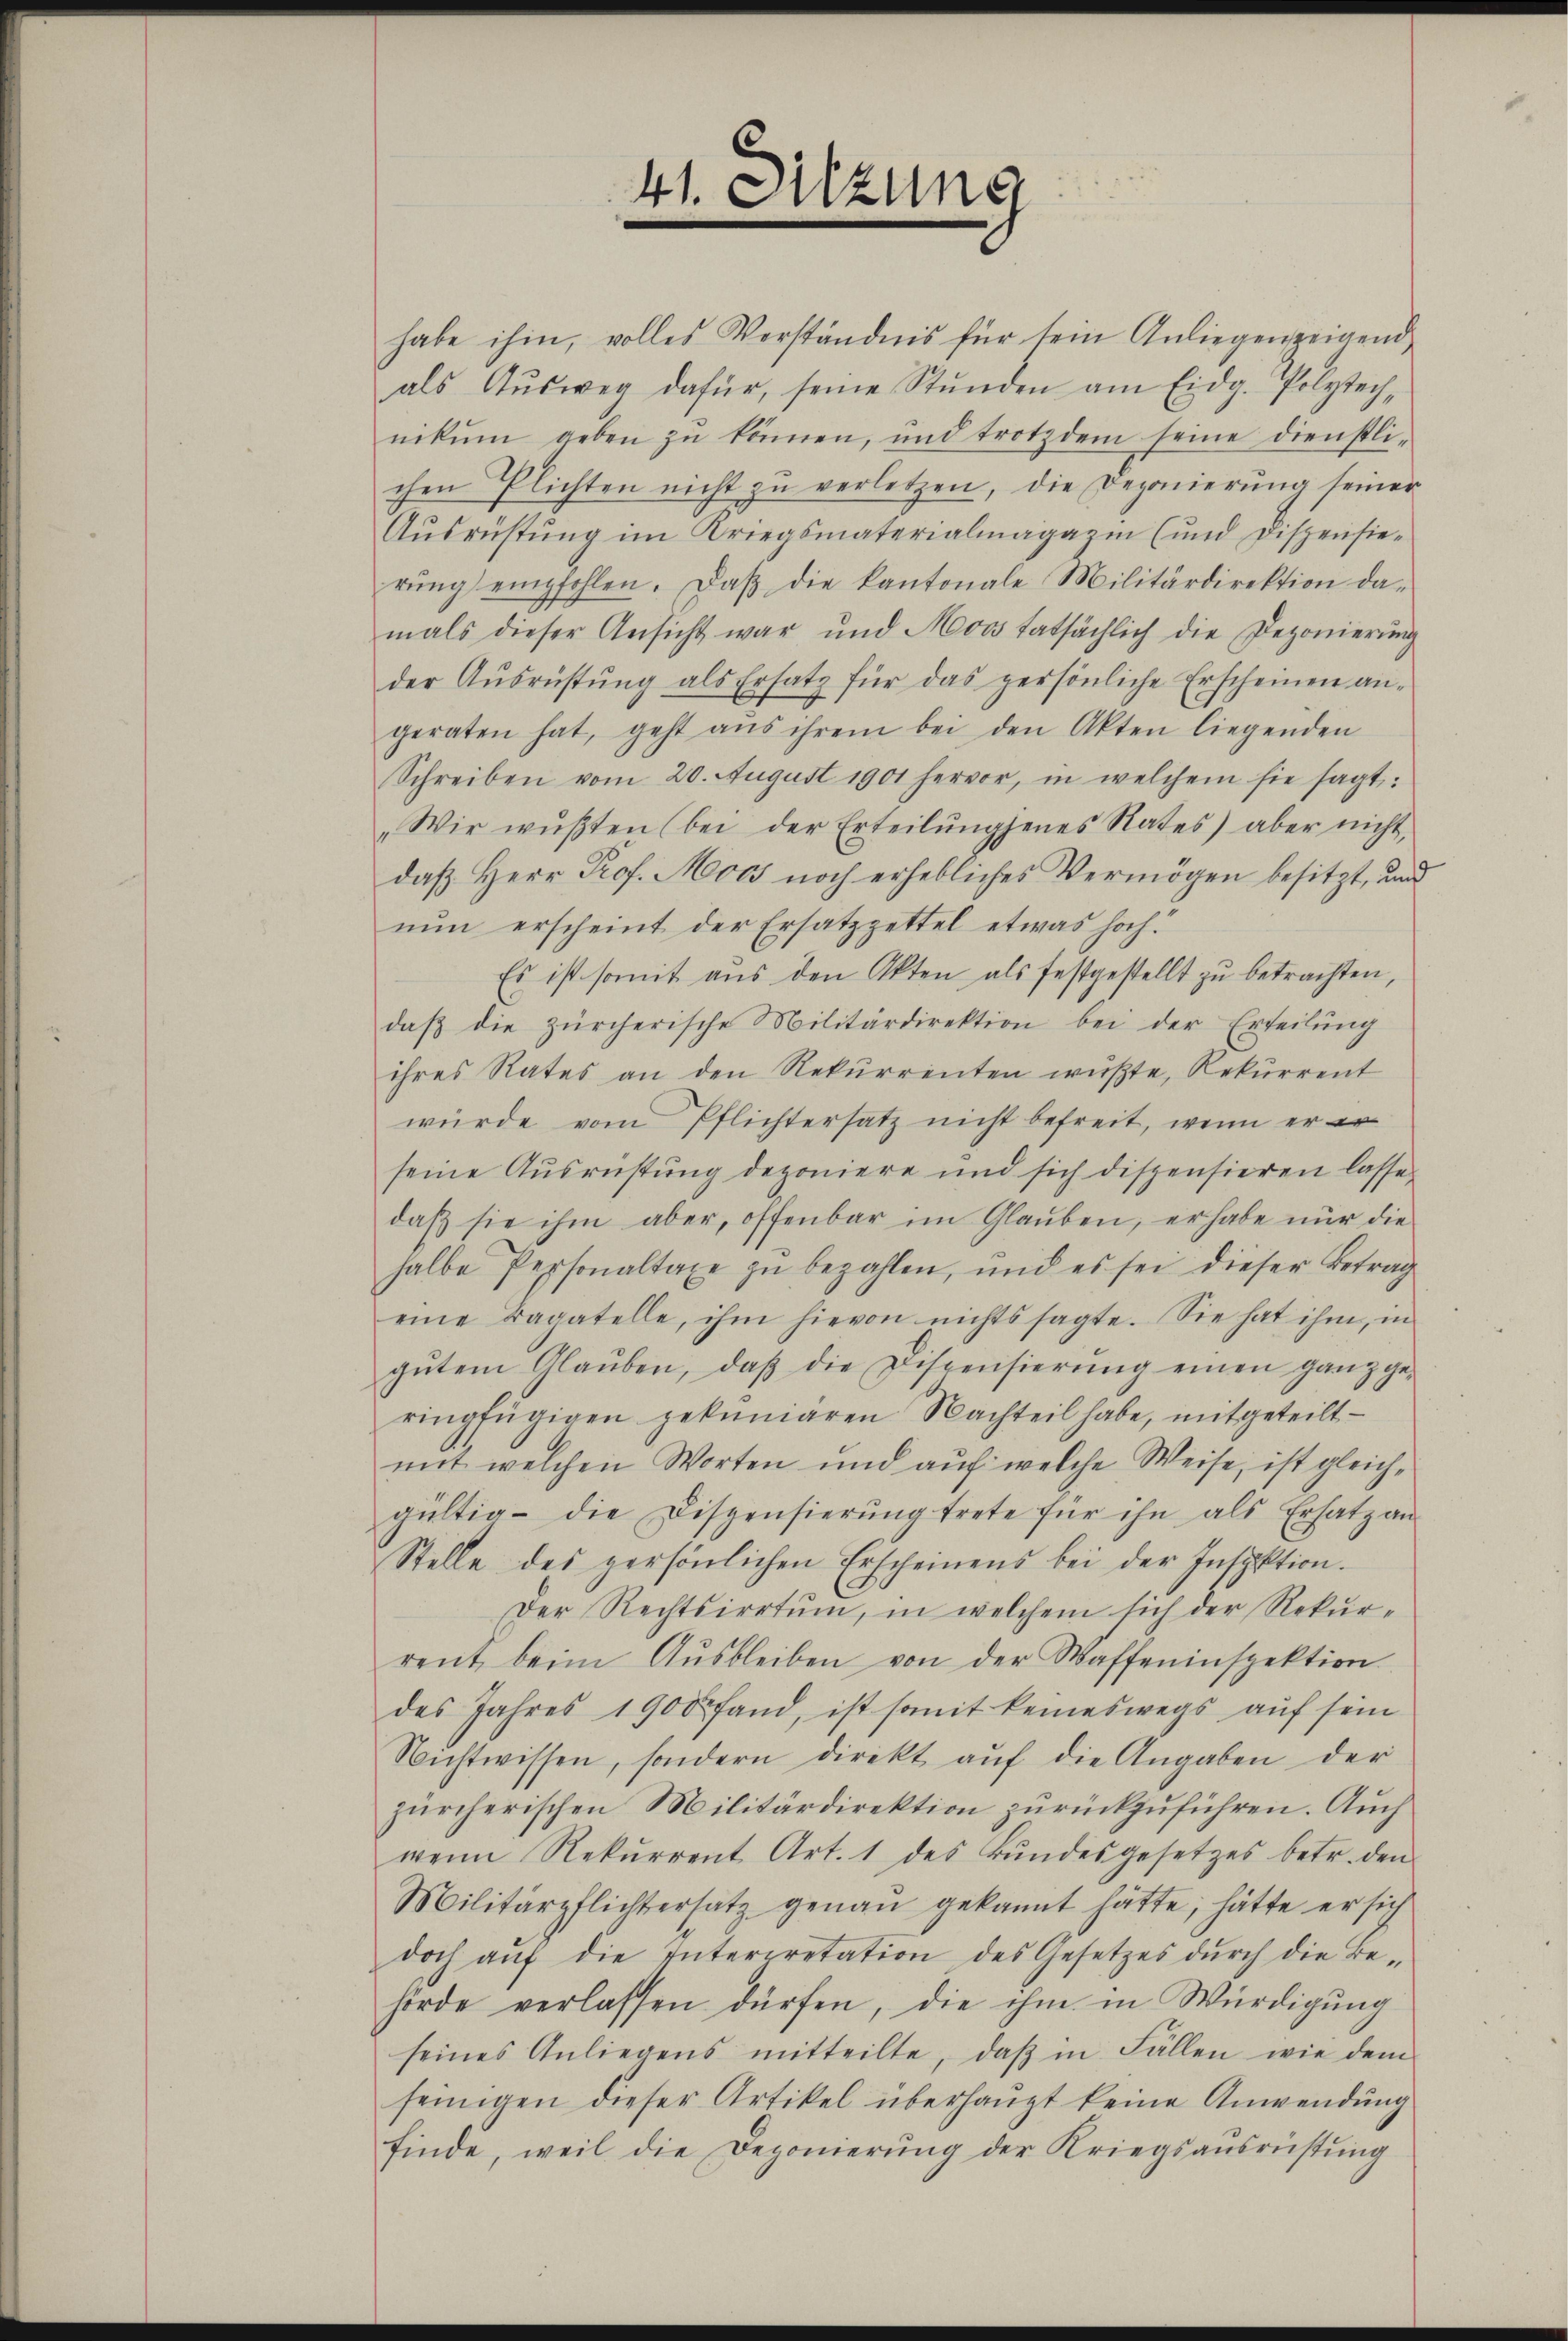
41. Sitzung

habe ihm, volles Verständnis für sein Anliegenzeigend
als Aŭsweg dafür, seine Stŭnden am Eidg. Polytech-
nikŭm geben zŭ können, und trotzdem seine dienstli-
chen Plichten nicht zŭ verletzen, die Deponierŭng seiner
Aŭsrüstung im Kriegsmaterialmagazin (und Dispensie-
rŭng empfohlen. Daβ die kantonale Militärdirektion da-
mals dieser Ansicht war und Moos tatsächlich die Deponierŭng
der Aŭsrüstŭng als Ersatz für das persönliche Erscheinen an-
geraten hat, geht aus ihrem bei den Akten liegenden
Schreiben vom 20. August 1901 hervor, in welchem sie sagt:
„Wir wüßten (bei der Erteilŭngenes Rates) aber nicht,
daß Herr Prof. Moos noch erhebliches Vermögen besitzt, und
nun erscheint der Ersatzzettel etwas hoch¬
Es ist somit aus den Akten als festgestellt zu betrachten,
daβ die zürcherische Militärdirektion bei der Erteilŭng
ihres Rates an den Rekurrenten wüßte, Rekurrent
würde vom Pflichtersatz nicht befreit, wenn er er
seine Ausrüstung deponiere und sich dispensieren lasse
daβ sie ihm aber, offenbar im Glaŭben, er habe nur die
halbe Personaltaxe zu bezahlen, und es sei dieser Betrag
eine Bagatelle, ihm hievon nichts sagte. Sie hat ihm, in
gŭtem Glaŭben, daβ die Dispensierŭng einen ganz ge-
ringfügigen gekuniären Nachteil habe, mitgeteilt
mit welchen Worten und auf welche Weise, ist gleichgültig die Dispensierŭng trete für ihn als Ersatz an
Stelle des persönlichen Erscheinens bei der Inspektion.
Der Rechtsirrtum, in welchem sich der Rekurrent beim Aŭsbleiben von der Waffeninspektion.
des Jahres 1900 fand, ist somit keineswegs aŭf sein
Nichtwissen, sondern direkt aŭf die Angaben der
zürcherischen Militärdirektion zurückzuführen. Auch
wenn Rekŭrrent Art. 1 des Bŭndesgesetzes betr. den
Militärpflichtersatz genau gekannt hätte, hätte er sich
doch aŭf die Interpretation des Gesetzes dŭrch die Be-
hörde verlassen dürfen, die ihm in Würdigŭng
seines Anliegens mitteilte, daβ in Fällen wie dem
feinigen dieser Artikel überhaupt keine Anwendung
finde, weil die Deponierŭng der Kriegsaŭsrüstŭng